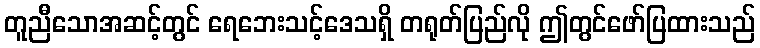
တူညီသောအဆင့်တွင် ရေဘေးသင့်ဒေသရှိ တရုတ်ပြည်လို ဤတွင်ဖော်ပြထားသည်